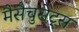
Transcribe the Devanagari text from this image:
मैसैचुसेट्स